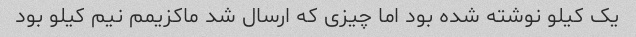
یک کیلو نوشته شده بود اما چیزی که ارسال شد ماکزیمم نیم کیلو بود